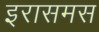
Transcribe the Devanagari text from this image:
इरासमस